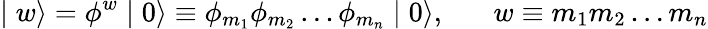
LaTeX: \mid w\rangle=\phi^{w}\mid 0\rangle\equiv\phi_{m_{1}}\phi_{m_{2}}\ldots\phi_{m_{n}}\mid 0\rangle,\; \; \; \; \; \; w\equiv m_{1}m_{2}\ldots m_{n}